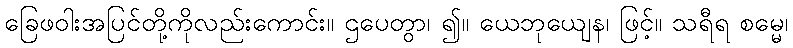
ခြေဖဝါးအပြင်တို့ကိုလည်းကောင်း။ ဌပေတွာ၊ ၍။ ယေဘုယျေန၊ ဖြင့်။ သရီရ စမ္မေ၊